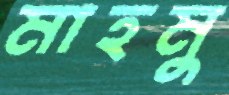
মাহমু